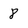
Character: 8